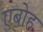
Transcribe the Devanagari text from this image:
एबोह